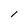
Character: I